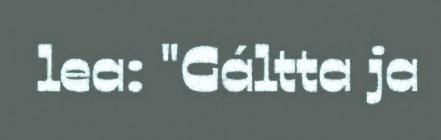
lea: "Gáltta ja